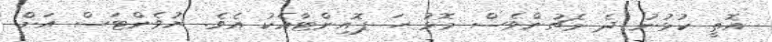
އޮތީ ކުޅުނު ދެ މެޗުންވެސް މޮޅު ހަ ޕޮއިންޓާއެކު އެވެ. ޔުވެންޓަސް އަށް